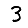
Digit: 3